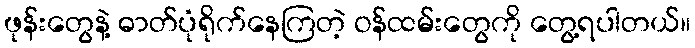
ဖုန်းတွေနဲ့ ဓာတ်ပုံရိုက်နေကြတဲ့ ဝန်ထမ်းတွေကို တွေ့ရပါတယ်။